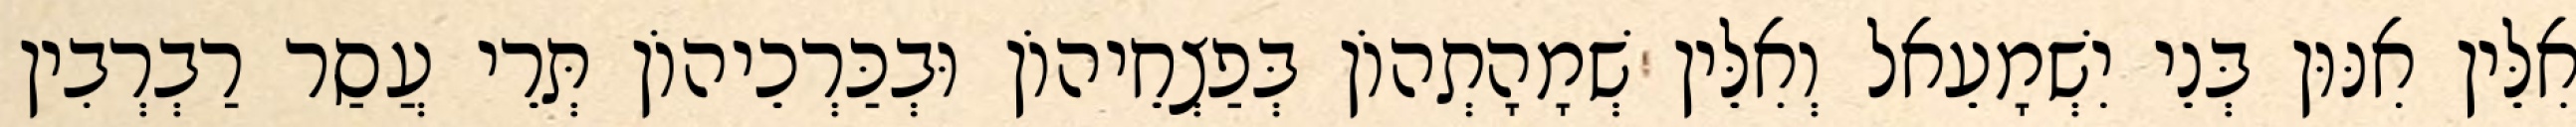
אִלֵּין אִנּוּן בְּנֵי יִשְׁמָעֵאל וְאִלֵּין שְׁמָהָתְהוֹן בְּפַצְחֵיהוֹן וּבְכַּרְכֵיהוֹן תְּרֵי עֲסַר רַבְרְבִין